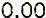
0.00